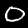
Label: 0